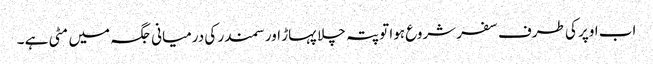
اب اوپر کی طرف سفر شروع ہوا تو پتہ چلا پہاڑ اور سمندر کی درمیانی جگہ میں مٹی ہے ۔